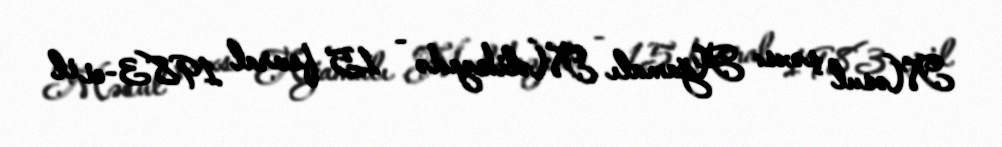
Məsul şəxs: Ağamalı Məlikzadə - 15 fevral 1983-ci il